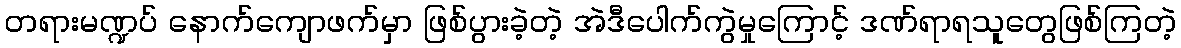
တရားမဏ္ဍပ် နောက်ကျောဖက်မှာ ဖြစ်ပွားခဲ့တဲ့ အဲဒီပေါက်ကွဲမှုကြောင့် ဒဏ်ရာရသူတွေဖြစ်ကြတဲ့